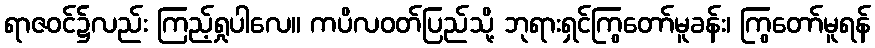
ရာဇဝင်၌လည်း ကြည့်ရှုပါလေ။ ကပိလဝတ်ပြည်သို့ ဘုရားရှင်ကြွတော်မူခန်း၊ ကြွတော်မူရန်